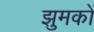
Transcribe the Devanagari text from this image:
झुमकों